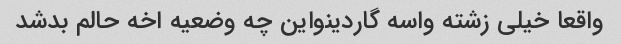
واقعا خیلی زشته واسه گاردینواین چه وضعیه اخه حالم بدشد